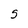
Character: S